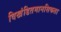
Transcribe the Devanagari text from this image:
विखंडितमानसिकता